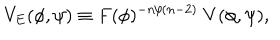
LaTeX: V _ { E } ( \phi , \psi ) \equiv F ( \phi ) ^ { - n / ( n - 2 ) } \; V ( \phi , \psi ) ,